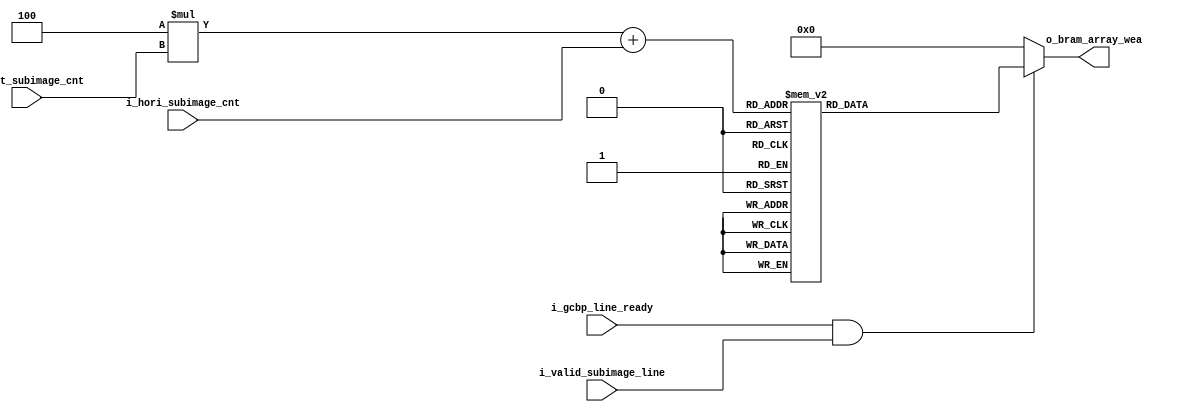
`timescale 1ns / 1ps

//Which BRAM should we be writting?
module GCBP_BRAM_WRITE_ENABLE_DEC(
    input i_gcbp_line_ready,
    input i_valid_subimage_line,
    input[1:0] i_vert_subimage_cnt,
    input[1:0] i_hori_subimage_cnt,

    output reg [15:0] o_bram_array_wea
    );
    
    wire [3:0] w_bram_num;

    //Convert two components (0-3) to single bram target (0-15) 
    assign w_bram_num = 4*i_vert_subimage_cnt + i_hori_subimage_cnt;

    reg [15:0] r_write_enable;

    // Decoder for "1 hot" encoded bram write enables
    always@(*)
    begin
        case(w_bram_num)
		0: r_write_enable  = 16'b0000000000000001;
		1: r_write_enable  = 16'b0000000000000010;
		2: r_write_enable  = 16'b0000000000000100;
		3: r_write_enable  = 16'b0000000000001000;
		4: r_write_enable  = 16'b0000000000010000;
		5: r_write_enable  = 16'b0000000000100000;
		6: r_write_enable  = 16'b0000000001000000;
		7: r_write_enable  = 16'b0000000010000000;
		8: r_write_enable  = 16'b0000000100000000;
		9: r_write_enable  = 16'b0000001000000000;
		10: r_write_enable = 16'b0000010000000000;
		11: r_write_enable = 16'b0000100000000000;
		12: r_write_enable = 16'b0001000000000000;
		13: r_write_enable = 16'b0010000000000000;
		14: r_write_enable = 16'b0100000000000000;
		15: r_write_enable = 16'b1000000000000000;
        default: r_write_enable = 16'b0000000000000000;
        endcase
    end

    //Only active the write if the line is signalled ready, and
    //vertically falls into a sub image
    always@(*)
    begin
        if (i_gcbp_line_ready && i_valid_subimage_line)
            o_bram_array_wea = r_write_enable;
        else
            o_bram_array_wea = 16'b0000000000000000;
    end

endmodule